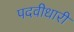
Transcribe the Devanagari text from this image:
पदवीधारी